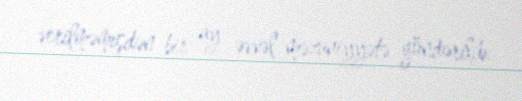
verilməmişdən bir ay əvvəl məzuniyyətə göndərilib.